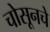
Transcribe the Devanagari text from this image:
चोसूनचे